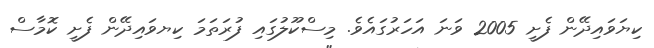
ކިޔަވައިދޭން ފެށީ 2005 ވަނަ އަހަރުގައެވެ. މިސްކޫލުގައި ފުރަތަމަ ކިޔވައިދޭން ފެށީ ކޮމާސް